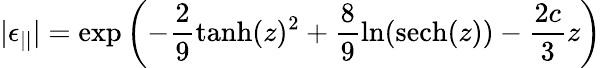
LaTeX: |\epsilon_{||}|=\exp\left(-\frac{2}{9}\operatorname{tanh}(z)^{2}+\frac{8}{9}\ln(\textrm{sech}(z))-\frac{2c}{3}z\right)